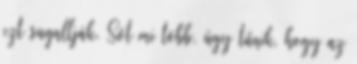
ezt sugallják. Sőt mi több, úgy tűnik, hogy az